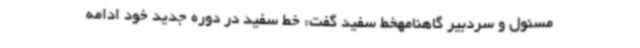
مسئول و سردبیر گاهنامهخط سفید گفت: خط سفید در دوره جدید خود ادامه